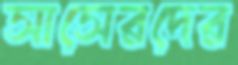
সাসেরদের